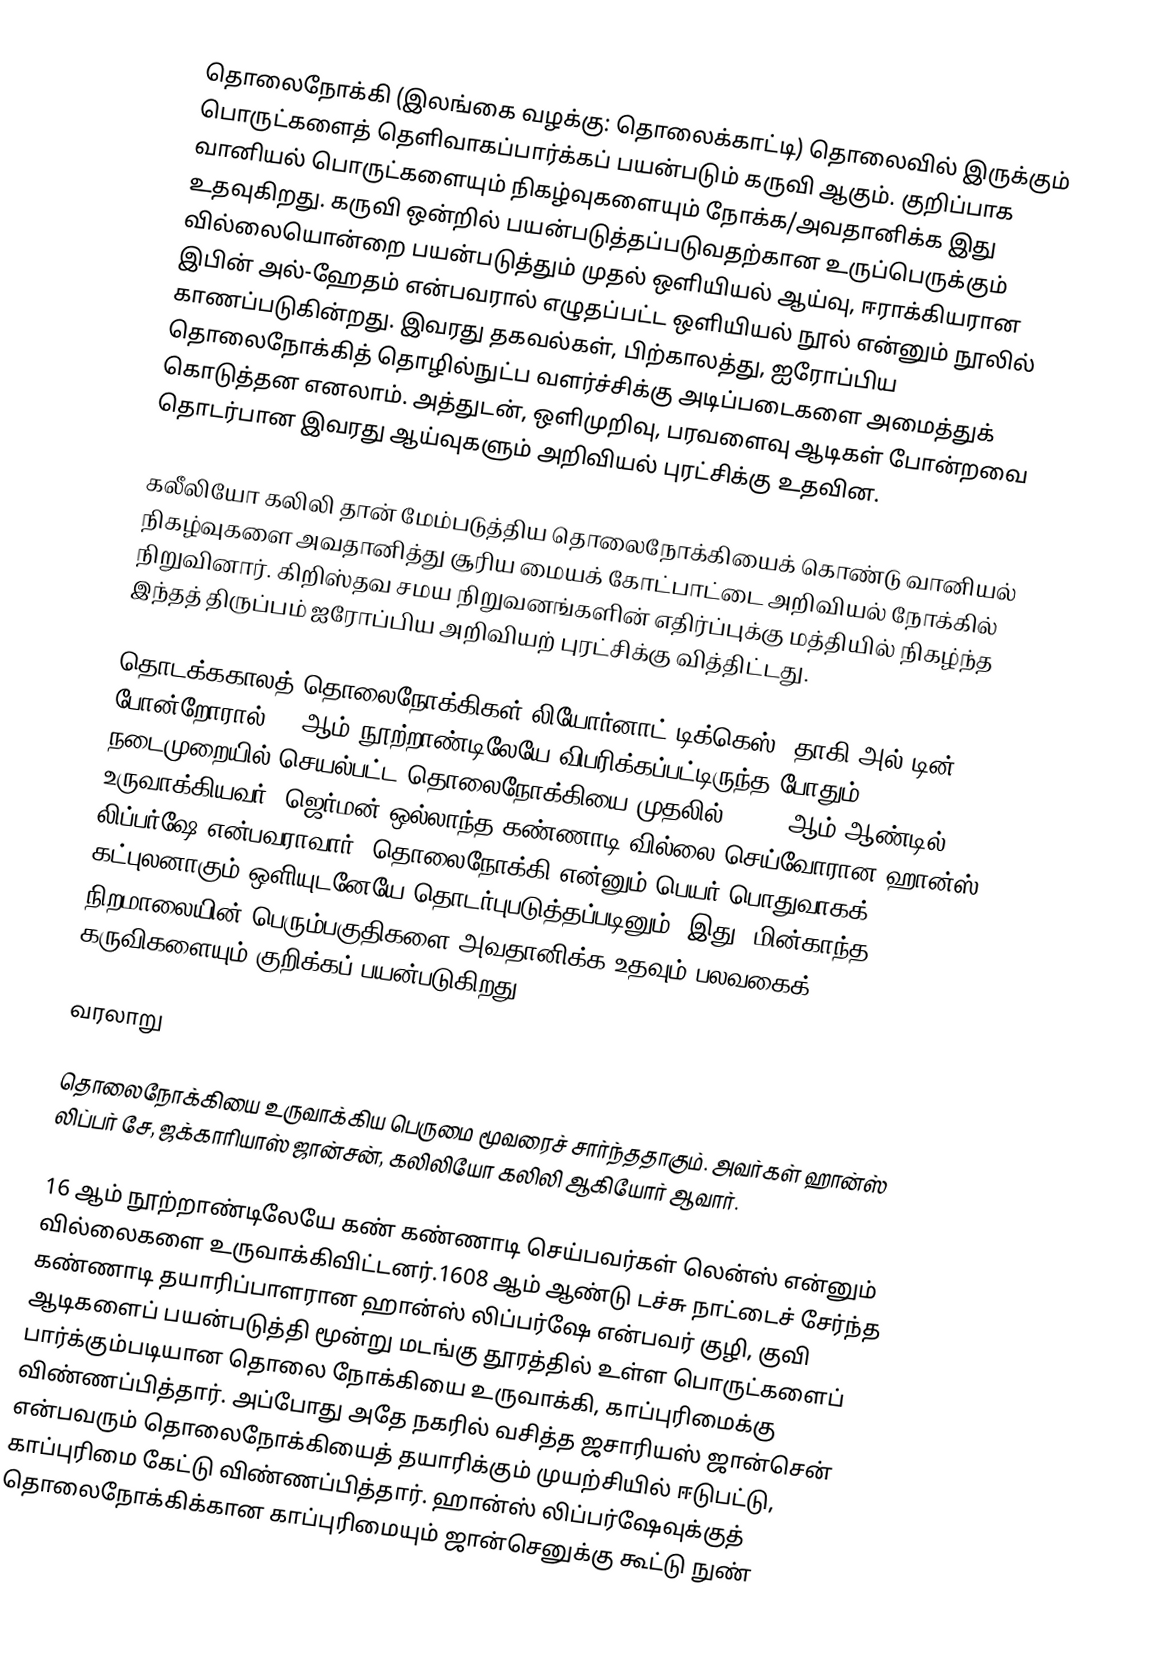
தொலைநோக்கி (இலங்கை வழக்கு: தொலைக்காட்டி) தொலைவில் இருக்கும் பொருட்களைத் தெளிவாகப்பார்க்கப் பயன்படும் கருவி ஆகும். குறிப்பாக வானியல் பொருட்களையும் நிகழ்வுகளையும் நோக்க/அவதானிக்க இது உதவுகிறது. கருவி ஒன்றில் பயன்படுத்தப்படுவதற்கான உருப்பெருக்கும் வில்லையொன்றை பயன்படுத்தும் முதல் ஒளியியல் ஆய்வு, ஈராக்கியரான இபின் அல்-ஹேதம் என்பவரால் எழுதப்பட்ட ஒளியியல் நூல் என்னும் நூலில் காணப்படுகின்றது. இவரது தகவல்கள், பிற்காலத்து, ஐரோப்பிய தொலைநோக்கித் தொழில்நுட்ப வளர்ச்சிக்கு அடிப்படைகளை அமைத்துக் கொடுத்தன எனலாம். அத்துடன், ஒளிமுறிவு, பரவளைவு ஆடிகள் போன்றவை தொடர்பான இவரது ஆய்வுகளும் அறிவியல் புரட்சிக்கு உதவின.

கலீலியோ கலிலி தான் மேம்படுத்திய தொலைநோக்கியைக் கொண்டு வானியல் நிகழ்வுகளை அவதானித்து சூரிய மையக் கோட்பாட்டை அறிவியல் நோக்கில் நிறுவினார். கிறிஸ்தவ சமய நிறுவனங்களின் எதிர்ப்புக்கு மத்தியில் நிகழ்ந்த இந்தத் திருப்பம் ஐரோப்பிய அறிவியற் புரட்சிக்கு வித்திட்டது.

தொடக்ககாலத் தொலைநோக்கிகள் லியோர்னாட் டிக்கெஸ், தாகி அல்-டின் போன்றோரால் 16 ஆம் நூற்றாண்டிலேயே விபரிக்கப்பட்டிருந்த போதும், நடைமுறையில் செயல்பட்ட தொலைநோக்கியை முதலில், 1608 ஆம் ஆண்டில் உருவாக்கியவர், ஜெர்மன்-ஒல்லாந்த கண்ணாடி வில்லை செய்வோரான ஹான்ஸ் லிப்பர்ஷே என்பவராவார். தொலைநோக்கி என்னும் பெயர் பொதுவாகக் கட்புலனாகும் ஒளியுடனேயே தொடர்புபடுத்தப்படினும், இது, மின்காந்த நிறமாலையின் பெரும்பகுதிகளை அவதானிக்க உதவும் பலவகைக் கருவிகளையும் குறிக்கப் பயன்படுகிறது.

வரலாறு

தொலைநோக்கியை உருவாக்கிய பெருமை மூவரைச் சார்ந்ததாகும். அவர்கள் ஹான்ஸ் லிப்பர் சே, ஜக்காரியாஸ் ஜான்சன்,  கலிலியோ கலிலி ஆகியோர் ஆவார்.

16 ஆம் நூற்றாண்டிலேயே கண் கண்ணாடி செய்பவர்கள் லென்ஸ் என்னும் வில்லைகளை உருவாக்கிவிட்டனர்.1608 ஆம் ஆண்டு டச்சு நாட்டைச் சேர்ந்த கண்ணாடி தயாரிப்பாளரான ஹான்ஸ் லிப்பர்ஷே என்பவர் குழி, குவி ஆடிகளைப் பயன்படுத்தி மூன்று மடங்கு தூரத்தில் உள்ள பொருட்களைப் பார்க்கும்படியான தொலை நோக்கியை உருவாக்கி, காப்புரிமைக்கு விண்ணப்பித்தார். அப்போது அதே நகரில் வசித்த ஜசாரியஸ் ஜான்சென் என்பவரும் தொலைநோக்கியைத் தயாரிக்கும் முயற்சியில் ஈடுபட்டு, காப்புரிமை கேட்டு விண்ணப்பித்தார். ஹான்ஸ் லிப்பர்ஷேவுக்குத் தொலைநோக்கிக்கான காப்புரிமையும் ஜான்செனுக்கு கூட்டு நுண்